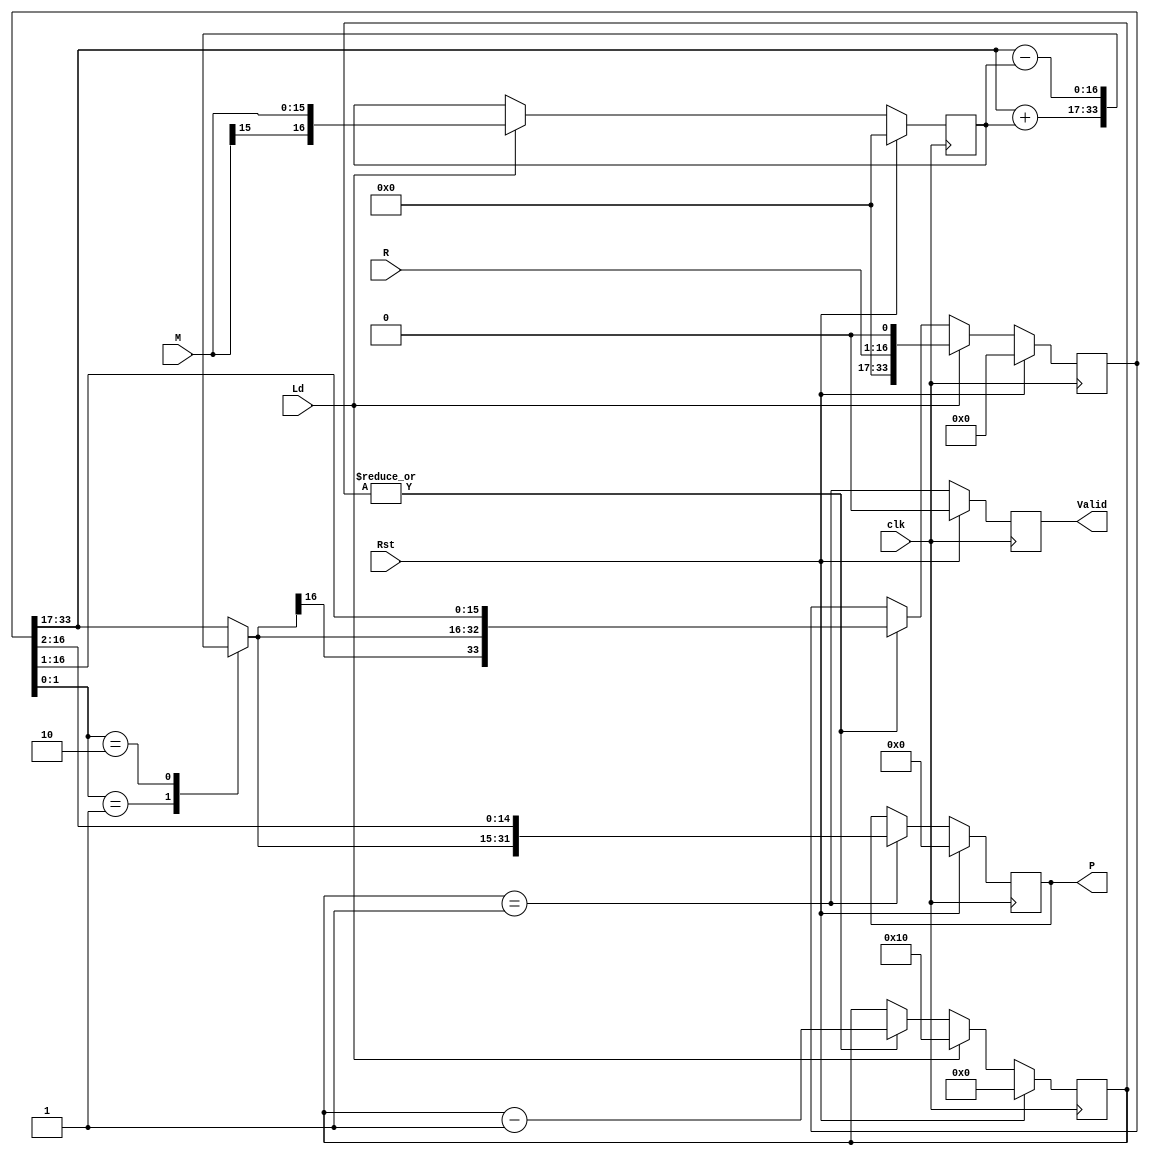
module booth_multiplier4#(
    parameter pN = 4                // Width = 2**pN: multiplicand & multiplier
)(
    input   Rst,                    // Reset
    input   clk,                    // Clock
    
    input   Ld,                     // Load Registers and Start Multiplier
    input   [(2**pN - 1):0] M,      // Multiplicand
    input   [(2**pN - 1):0] R,      // Multiplier
    output  reg Valid,              // Product Valid
    output  reg [(2**(pN+1) - 1):0] P   // Product <= M * R
);

///////////////////////////////////////////////////////////////////////////////
//
//  Local Parameters
//

///////////////////////////////////////////////////////////////////////////////
//
//  Declarations
//

reg     [2**pN:0] A;      // Multiplicand w/ sign guard bit
reg     [   pN:0] Cntr;   // Operation Counter
reg     [2**pN:0] S;      // Adder w/ sign guard bit

reg     [(2**(pN+1) + 1):0] Prod;   // Double length product w/ guard bits

///////////////////////////////////////////////////////////////////////////////
//
//  Implementation
//

always @(posedge clk)
begin
    if(Rst)
        Cntr <= #1 0;
    else if(Ld)
        Cntr <= #1 2**pN;
    else if(|Cntr)
        Cntr <= #1 (Cntr - 1);
end

//  Multiplicand Register
//      includes an additional bit to guard sign bit in the event the
//      most negative value is provided as the multiplicand.

always @(posedge clk)
begin
    if(Rst)
        A <= #1 0;
    else if(Ld)
        A <= #1 {M[2**pN - 1], M};  
end

//  Compute Upper Partial Product: (2**pN + 1) bits in width

always @(*)
begin
    case(Prod[1:0])
        2'b01   : S <= Prod[(2**(pN+1) + 1):(2**pN + 1)] + A;
        2'b10   : S <= Prod[(2**(pN+1) + 1):(2**pN + 1)] - A;
        default : S <= Prod[(2**(pN+1) + 1):(2**pN + 1)];
    endcase
end

//  Register Partial products and shift rigth arithmetically.
//      Product register has guard bits on both ends.

always @(posedge clk)
begin
    if(Rst)
        Prod <= #1 0;
    else if(Ld)
        Prod <= #1 {R, 1'b0};
    else if(|Cntr)
        Prod <= #1 {S[2**pN], S, Prod[2**pN:1]};    // Arithmetic Shift Right
end

//  Assign the product less the two guard bits to the output port

always @(posedge clk)
begin
    if(Rst)
        P <= #1 0;
    else if(Cntr == 1)
        P <= #1 {S[2**pN], S, Prod[2**pN:2]};
end

//  Count the number of shifts
//      This implementation does not use any optimizations to perform multiple
//      bit shifts to skip over runs of 1s or 0s.

always @(posedge clk)
begin
    if(Rst)
        Valid <= #1 0;
    else
        Valid <= #1 (Cntr == 1);
end

endmodule